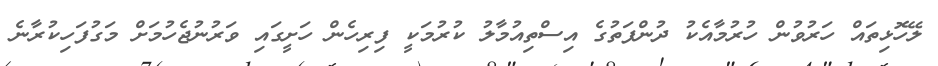
ލޭހޮޅިތައް ހަރުވުން ހުރުމާއެކު ދުންފަތުގެ އިސްތިއުމާލު ކުރުމަކީ ފިރިހެން ހަށީގައި ވަރުނުޖެހުމަށް މަގުފަހިކުރާނެ